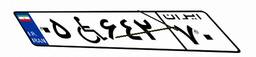
۰۵W۶۴۲۷۰